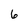
Character: 6